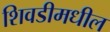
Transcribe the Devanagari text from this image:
शिवडीमधील